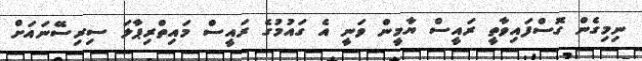
ނިމިގެން ގޮސްފައިވާތީ ރައީސް ޔާމީން ވަނީ އެ ގައުމުގެ ރައީސް މައިތްރިޕާލަ ސިރިސޭނައަށް